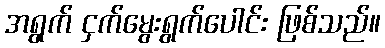
အရွက် ငှက်မွေးရွက်ပေါင်း ဖြစ်သည်။